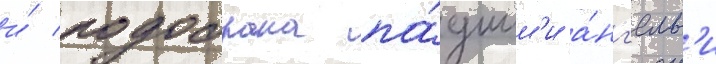
и́ подобрана па́дшим'и а́нг'елам'и